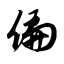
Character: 偏